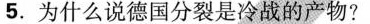
5.为什么说德国分裂是冷战的产物?